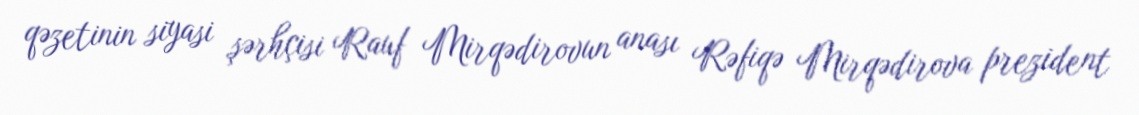
qəzetinin siyasi şərhçisi Rauf Mirqədirovun anası Rəfiqə Mirqədirova prezident